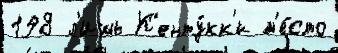
198 л'ишь К'енту́кк'и м'е́сто